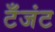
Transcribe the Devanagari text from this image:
टँजंट